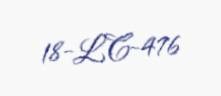
18-LC-476